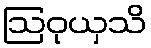
ဩဝုယှသိ